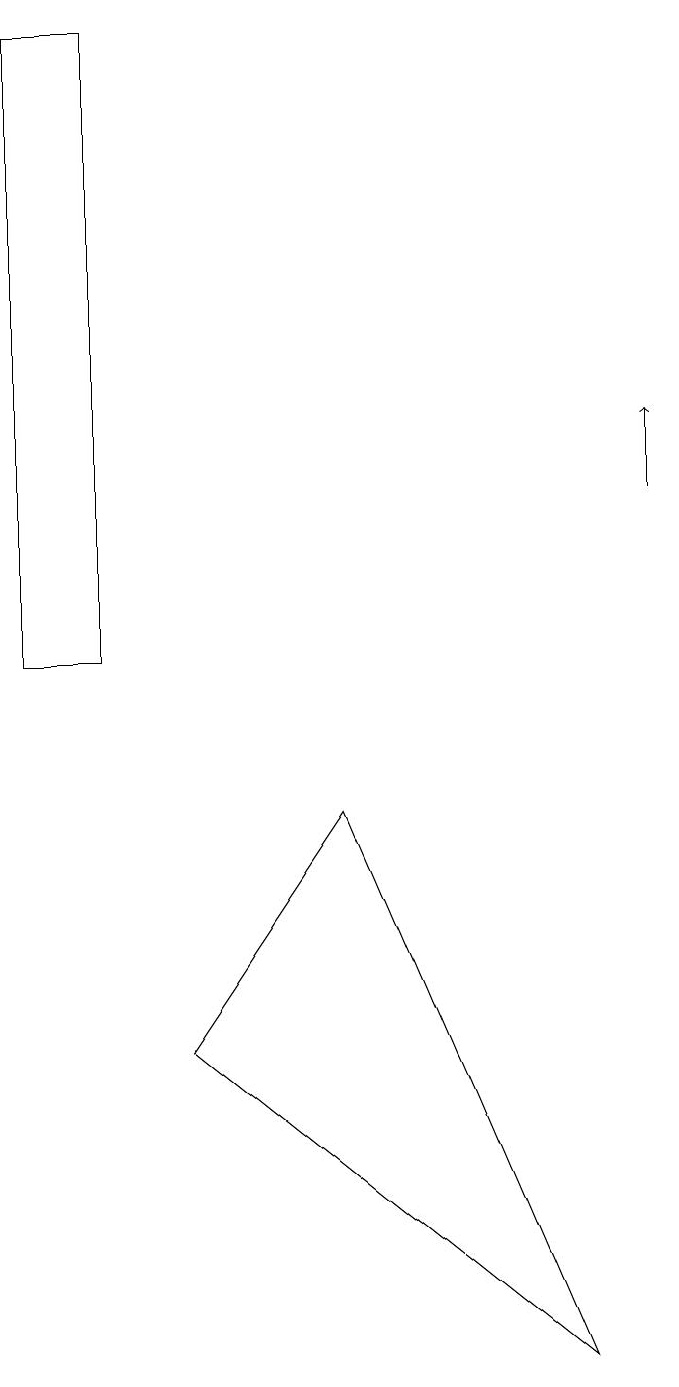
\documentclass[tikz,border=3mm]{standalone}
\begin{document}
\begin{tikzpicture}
\draw[->] (8,13) -- (8,14);
\draw (0,11) rectangle (1,19);
\draw (7,2) -- (4,9) -- (2,6) -- cycle;
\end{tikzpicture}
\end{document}